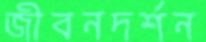
জীবনদর্শন